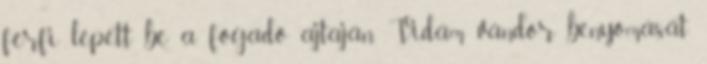
férfi lépett be a fogadó ajtaján. Vidám vándor benyomását